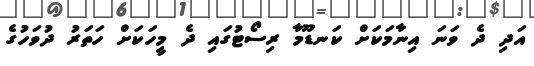
އަދި ދެ ވަނަ އިނާމަކަށް ކަނޑޫމާ ރިސޯޓުގައި ދެ މީހަކަށް ހަތަރު ދުވަހުގެ